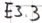
Text: E3.3